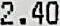
2.40